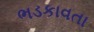
ભડકાવતા